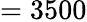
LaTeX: =3500